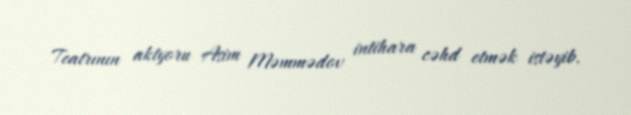
Teatrının aktyoru Asim Məmmədov intihara cəhd etmək istəyib.